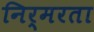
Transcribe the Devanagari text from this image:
निर्मरता